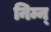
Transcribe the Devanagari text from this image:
निम्न्